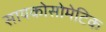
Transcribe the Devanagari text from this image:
सायकोसोमेटिक